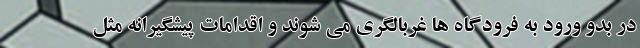
در بدو ورود به فرودگاه ها غربالگري مي شوند و اقدامات پيشگيرانه مثل